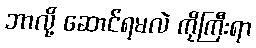
ဘာလို့ ဆောင်ရမလဲ ကိုကြီးရာ